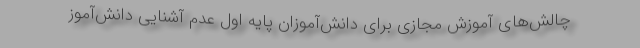
چالش‌های آموزش مجازی برای دانش‌آموزان پایه اول عدم آشنایی دانش‌آموز